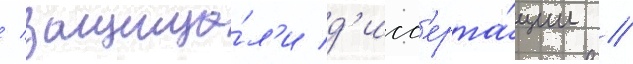
/ защища́л'и д'исс'ерта́ции /